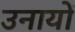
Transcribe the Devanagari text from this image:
उनायों